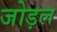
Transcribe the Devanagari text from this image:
जोड़ल